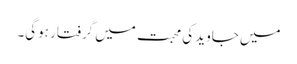
میں جاوید کی محبت میں گرفتار ہوگی۔